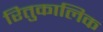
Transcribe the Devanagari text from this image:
रितुकालिक